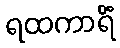
ရထကာရိံ